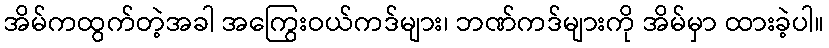
အိမ်ကထွက်တဲ့အခါ အကြွေးဝယ်ကဒ်များ၊ ဘဏ်ကဒ်များကို အိမ်မှာ ထားခဲ့ပါ။